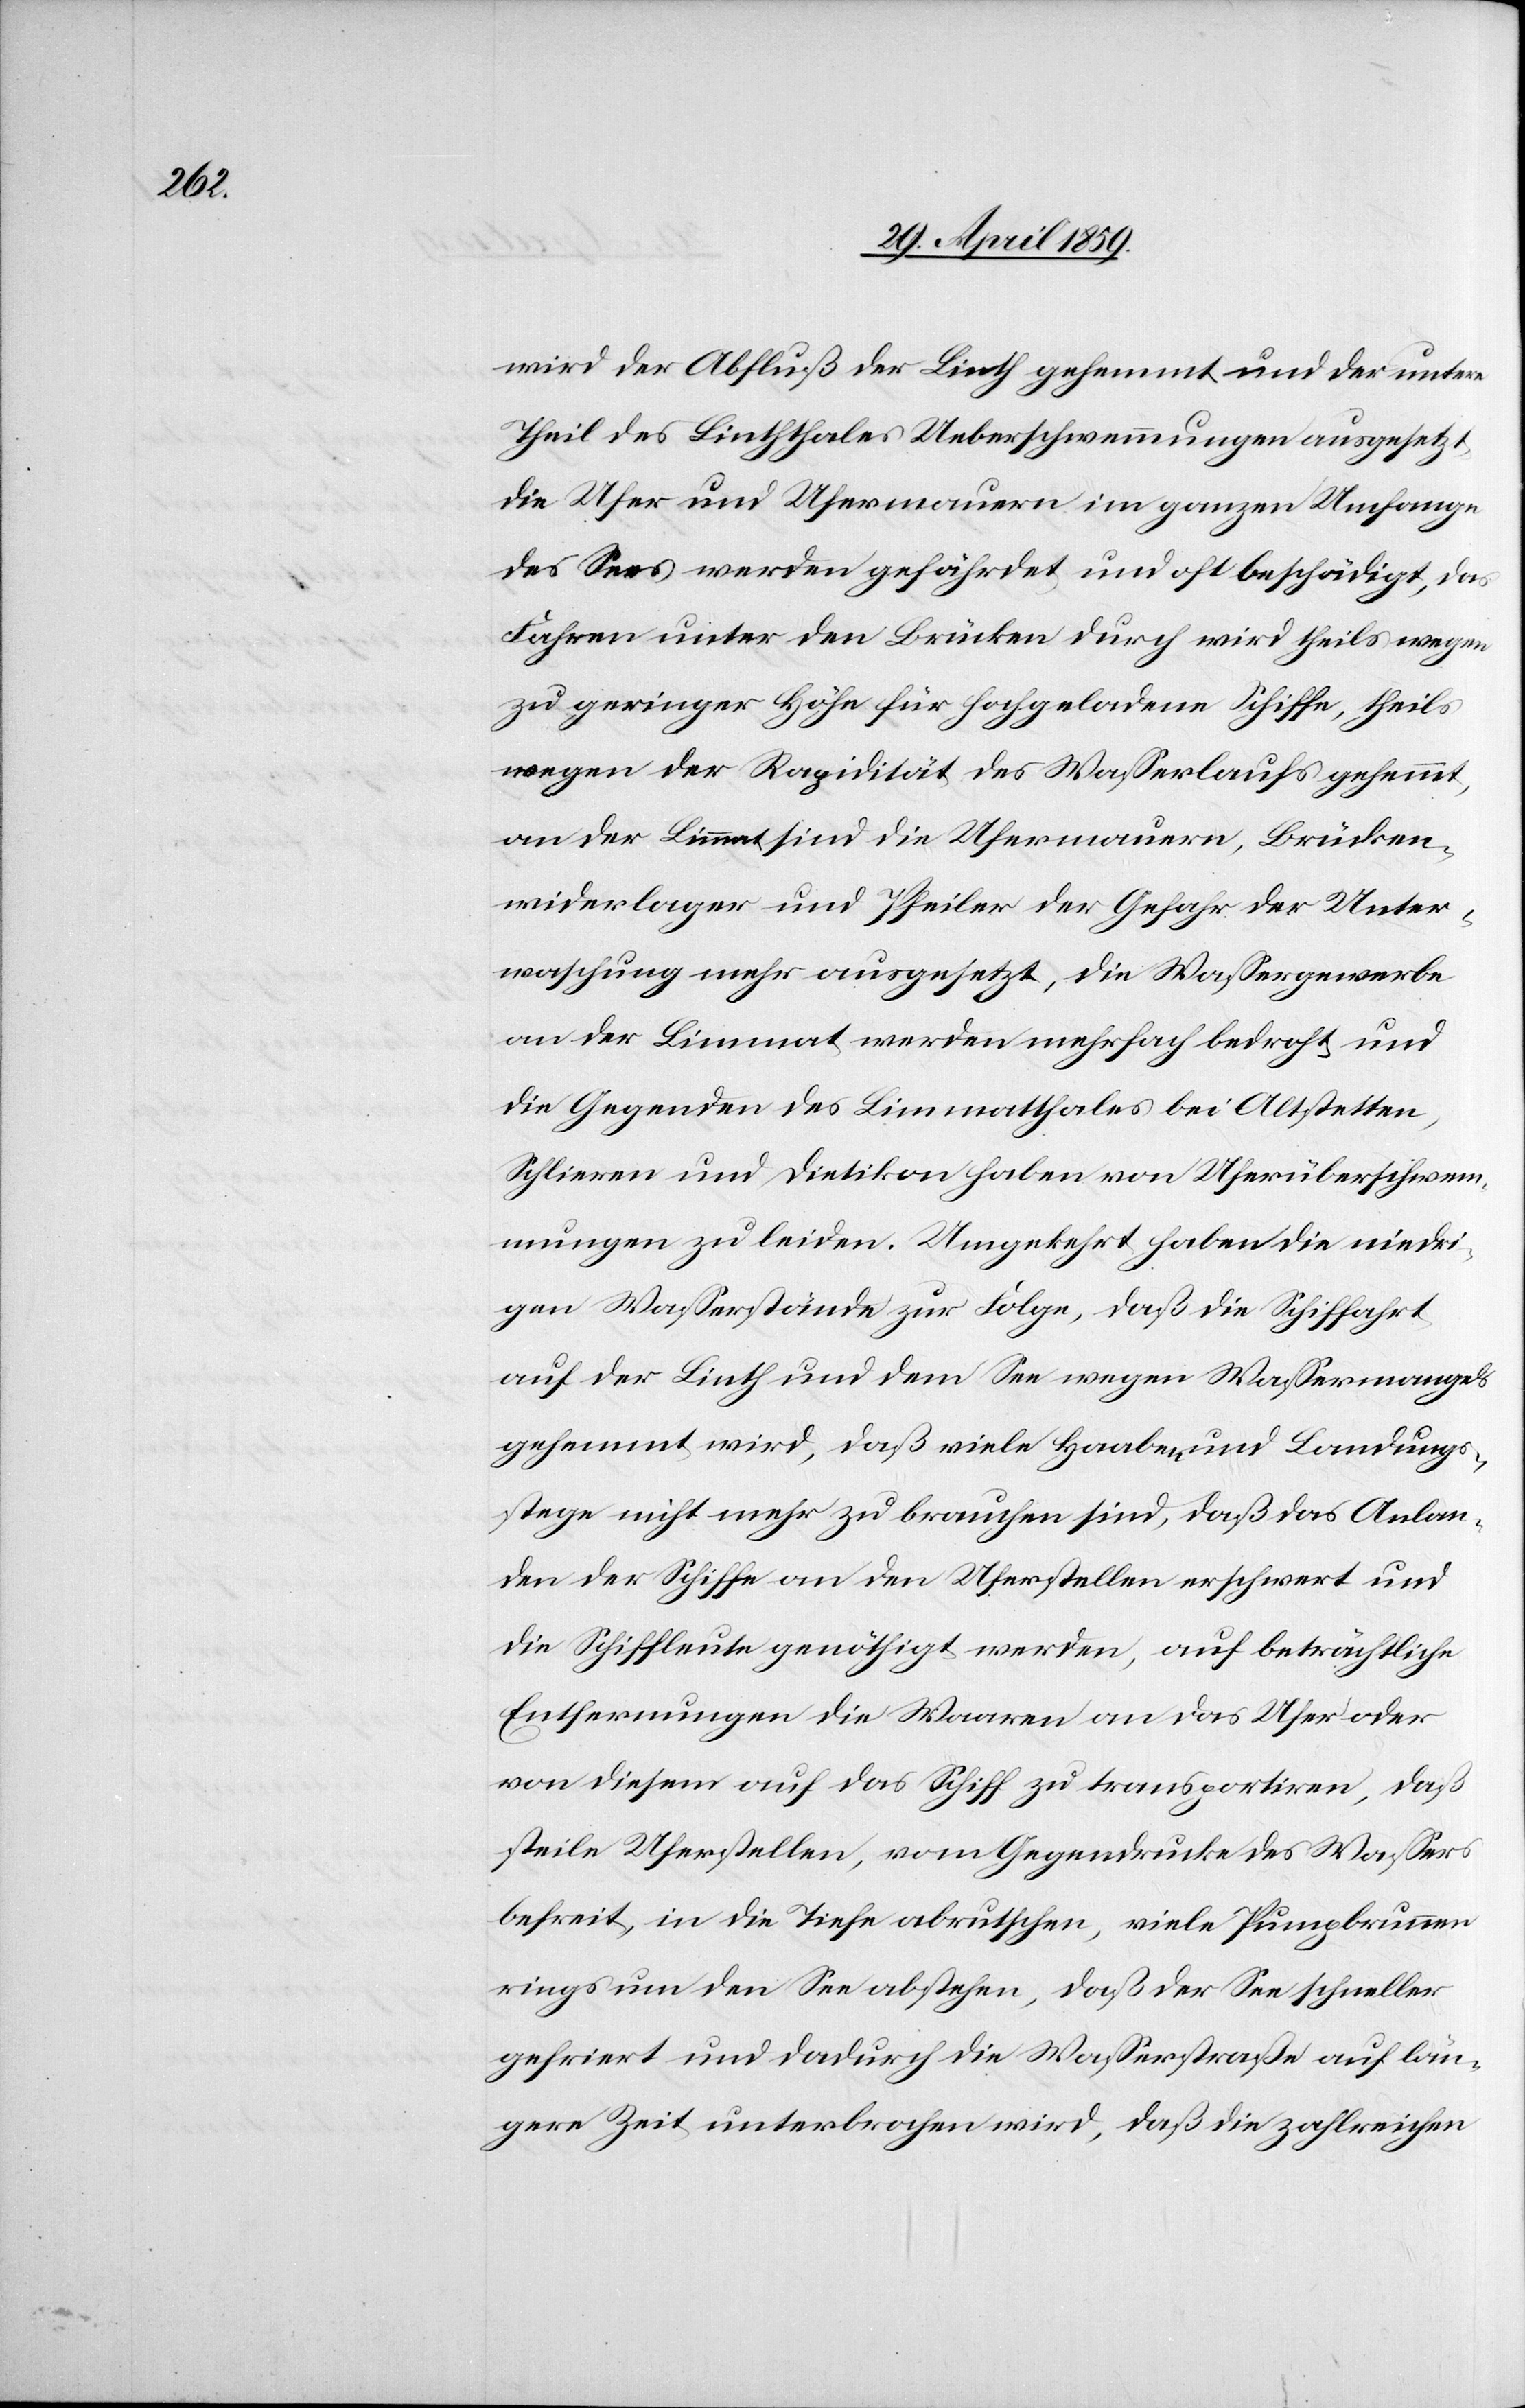
wird der Abfluß der Linth gehemmt und der untere
Theil des Linththales Ueberschwemmungen ausgesetzt
die Ufer und Ufermauern im ganzen Umfange
des Sees werden gefährdet und oft beschädigt, das
Fahren unter den Brücken durch wird theils wegen
zu geringer Höhe für hochgeladene Schiffe, theils
wegen der Rapidität des Waßerlaufs gehemmt,
an der Limmat sind die Ufermauern, Brücken¬
widerlager und Pfeiler der Gefahr der Unter¬
waschung mehr ausgesetzt, die Waßergewerbe
an der Limmat werden mehrfach bedroht und
die Gegenden des Limmatthales bei Altstetten,
Schlieren und Dietikon haben von Uferüberschwem¬
mungen zu leiden. Umgekehrt haben die niedri¬
gen Waßerstände zur Folge, daß die Schiffahrt
auf der Linth und dem See wegen Waßermangels
gehemmt wird, daß viele Haaben und Landungs¬
stege nicht mehr zu brauchen sind, daß das Anlan¬
den der Schiffe an den Uferstellen erschwert und
die Schiffleute genöthigt werden, auf beträchtliche
Entfernungen die Waaren an das Ufer oder
von diesem auf das Schuff zu transportieren, daß
steile Uferstellen, vom Gegendrucke des Waßers
befreit, in die Tiefe abrutschen, viele Pumpbrunnen
rings um den See abstehen, doch der See schneller
gefriert und dadurch die Waßerstraße auf län¬
gere Zeit unterbrochen wird, daß die zahlreichen